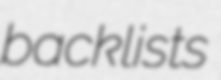
backlists